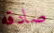
صادقه